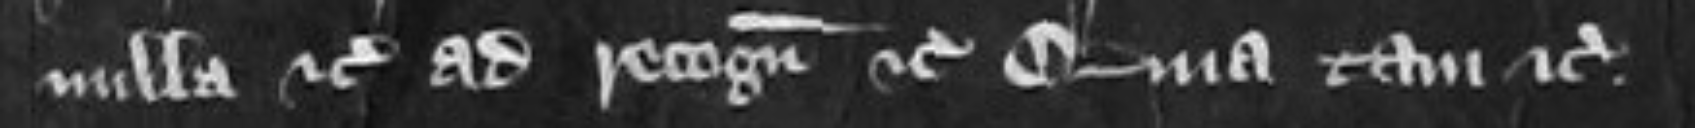
nulla etc ad recognoscendum etc Quia tam etc